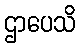
ဌာပေသိ